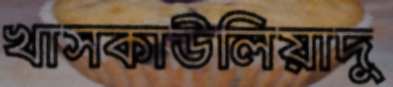
খাসকাউলিয়াদু